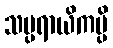
သမ္ပရာယိကမ္ပိ